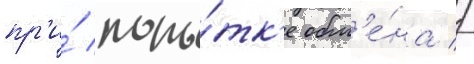
пр'и́ попы́тк'е обм'е́на //